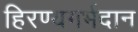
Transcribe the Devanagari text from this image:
हिरण्यगर्भदान